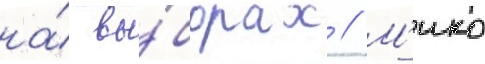
на́ вы́борах // М'ико